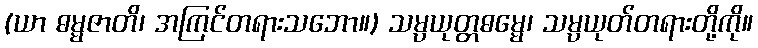
(ယာ ဓမ္မဇာတိ၊ အကြင်တရားသဘော။) သမ္ပယုတ္တဓမ္မေ၊ သမ္ပယုတ်တရားတို့ကို။